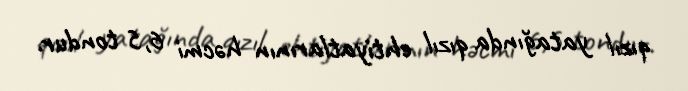
qızıl yatağında qızıl ehtiyatlarının həcmi 6,5 tondur.